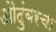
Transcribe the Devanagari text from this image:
औदुंबरचा